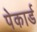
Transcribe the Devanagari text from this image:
पेकार्ड